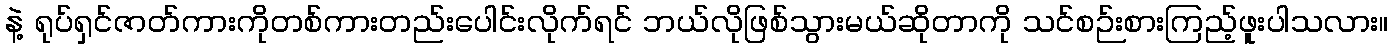
နဲ့ ရုပ်ရှင်ဇာတ်ကားကိုတစ်ကားတည်းပေါင်းလိုက်ရင် ဘယ်လိုဖြစ်သွားမယ်ဆိုတာကို သင်စဉ်းစားကြည့်ဖူးပါသလား။